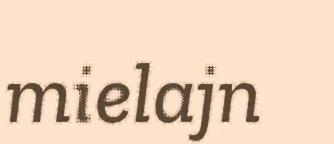
mielajn